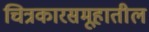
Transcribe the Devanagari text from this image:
चित्रकारसमूहातील